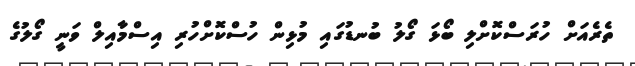
ތެރެއަށް ހުރަސްކޮށްލި ބޯޅަ ގޯލު ބުނޑުގައި މުޅިން ހުސްކޮށްހުރި އިސްމާއިލް ވަނީ ގޯލުގެ